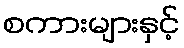
စကားများနှင့်